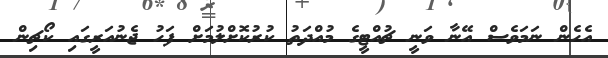
އެހެން ނަމަވެސް އޭނާ ވަނީ ޗުއްޓީގެ މުއްދަތު ކުރުކޮށްލުމަށް ފަހު ޖެނުއަރީގައި ކޯޗިން